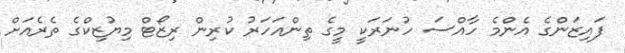
ފައިޒަންގެ އެންމެ ހާއްސަ ހުނަރަކީ މީގެ ތިންއަހަރު ކުރިން ރިޒޯޓް މިޔުޒިކްގެ ތެރެއަށް